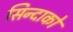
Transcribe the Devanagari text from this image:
सिन्दाको